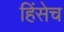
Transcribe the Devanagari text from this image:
हिंसेच